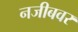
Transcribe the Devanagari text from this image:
नजीबवर